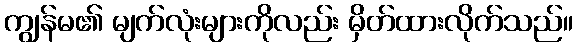
ကျွန်မ၏ မျက်လုံးများကိုလည်း မှိတ်ထားလိုက်သည်။